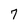
Character: 7